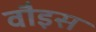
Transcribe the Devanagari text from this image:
वौइस